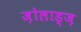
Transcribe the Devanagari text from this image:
ज़ोलाड्ज़